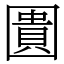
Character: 圚